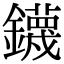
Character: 鑖